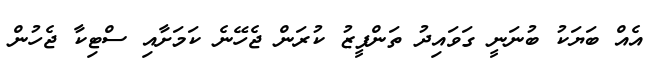
އެއް ބަޔަކު ބުނަނީ ގަވައިދު ތަންފީޒު ކުރަން ޖެހޭނެ ކަމަށާއި ސްޓިކާ ޖެހުން